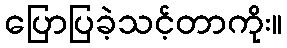
ပြောပြခဲ့သင့်တာကိုး။